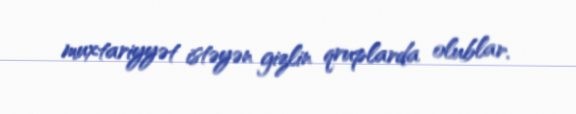
muxtariyyət istəyən gizlin qruplarda olublar.